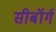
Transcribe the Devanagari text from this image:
सीबॉर्ग